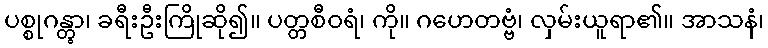
ပစ္စုဂန္တွာ၊ ခရီးဦးကြိုဆို၍။ ပတ္တစီဝရံ၊ ကို။ ဂဟေတဗ္ဗံ၊ လှမ်းယူရာ၏။ အာသနံ၊